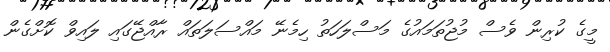
މީގެ ކުރިން ވެސް މުޖުތަމައުގެ މަސްލަހަތު ހިމެނޭ މައްސަލަތައް ރާއްޖޭގައި ލައިވް ކޮށްގެން